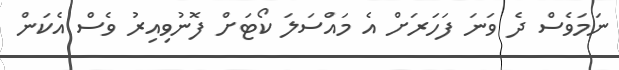
ނަމަވެސް ދެ ވަނަ ފަހަރަށް އެ މައްސަލަ ކޯޓަށް ފޮނުވިއިރު ވެސް އެކަން